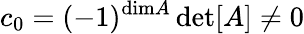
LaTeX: c_{0}=(-1)^{\mathrm{dim}A}\operatorname*{det}[A]\neq 0